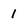
Character: 1